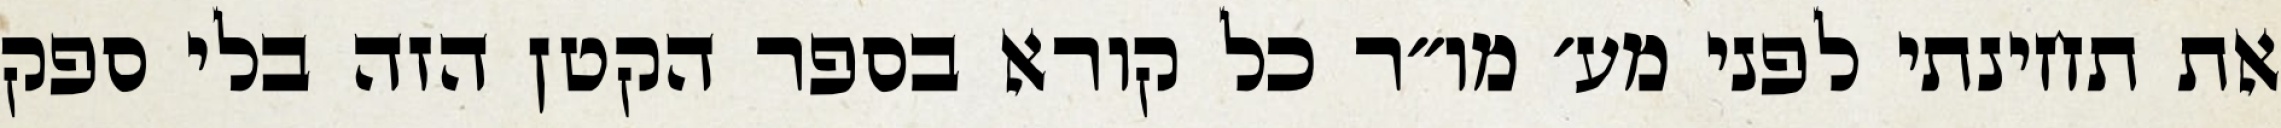
את תחינתי לפני מע׳ מו״ר כל קורא בספר הקטן הזה בלי ספק